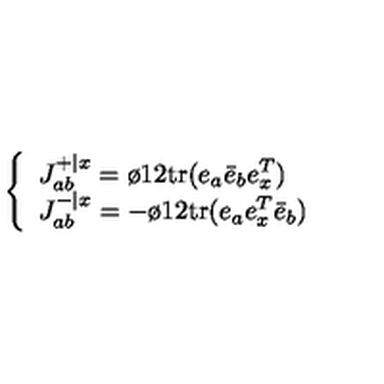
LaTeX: \left\{ \begin{array} { l } { J _ { a b } ^ { + \vert x } = { \o { 1 } { 2 } } \mathrm { t r } ( e _ { a } { \bar { e } } _ { b } e _ { x } ^ { T } ) } \\ { J _ { a b } ^ { - \vert x } = - { \o { 1 } { 2 } } \mathrm { t r } ( e _ { a } e _ { x } ^ { T } { \bar { e } } _ { b } ) } \\ \end{array} \right.